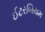
ઈટરબિયમ